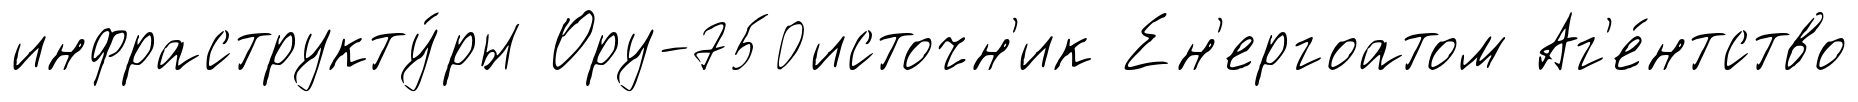
инфраструкту́ры Ору-750источн'ик Ен'ергоатом Аг'е́нтство